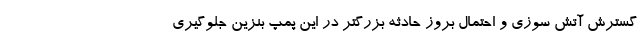
گسترش آتش سوزی و احتمال بروز حادثه بزرگتر در این پمپ بنزین جلوگیری